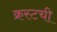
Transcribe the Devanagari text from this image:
क्रस्टची